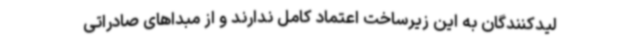
لیدکنندگان به این زیرساخت اعتماد کامل ندارند و از مبداهای صادراتی